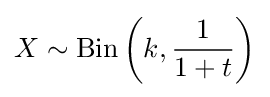
X\sim \operatorname {Bin} \left(k,{\frac {1}{1+t}}\right)